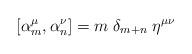
LaTeX: \begin{align*}[\alpha_m^{\mu},\alpha_n^{\nu}]=m\; \delta_{m+n}\;\eta^{\mu \nu}\end{align*}